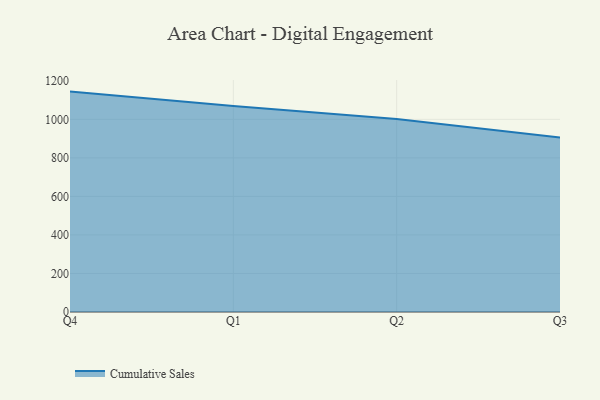
{"axis": {"x": "Quarter", "y": "Bounce Rate (%)"}, "legend": ["Cumulative Sales"], "data": [{"x": "Q4", "y": 1143.9, "type": "Cumulative Sales"}, {"x": "Q1", "y": 1069.4, "type": "Cumulative Sales"}, {"x": "Q2", "y": 1001.1, "type": "Cumulative Sales"}, {"x": "Q3", "y": 905.0, "type": "Cumulative Sales"}]}